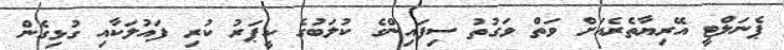
ޕެނަލްޓީ އޭރިޔާތެރެއަށް ވަތް ވަގުތު ސިފައިންގެ ކުލަބުގެ ކީޕަރު ކުރި ފައުލަކާއި ގުޅިގެން